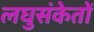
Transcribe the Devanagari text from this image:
लघुसंकेतों